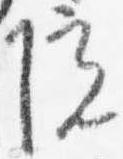
院